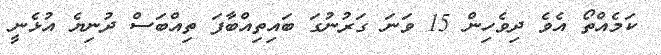
ކަމެއްތޯ އެވެ ދިވެހިން 15 ވަނަ ގަރުނުގަ ބައިތިއްބާފަ ތިއްބަސް ދުނިޔެ އުޅެނީ